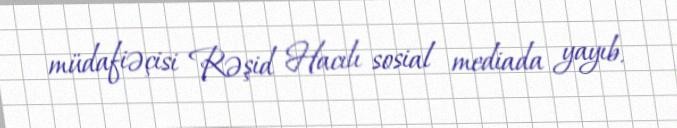
müdafiəçisi Rəşid Hacılı sosial mediada yayıb.